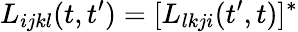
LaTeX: L_{ijkl}(t,t^{\prime})=[L_{lkji}(t^{\prime},t)]^{*}